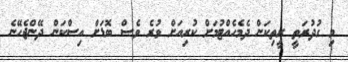
މި ގުދުރަތީ ރީތިކަން ދެމެހެއްޓުމަށް ކުރިއަށް ވުރެ ވެސް ބޮޑަށް އިސްކަން ދޭންޖެހޭނެ